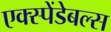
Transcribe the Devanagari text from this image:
एक्स्पेंडेबल्स